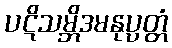
ပဋိသမ္ဘိဒမနုပ္ပတ္တံ